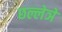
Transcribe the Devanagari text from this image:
छल्लेञे